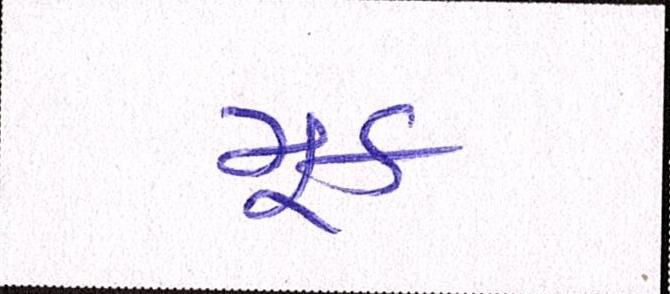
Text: મૂક